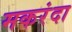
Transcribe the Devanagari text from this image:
मकरंदा